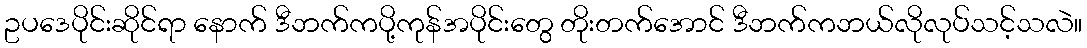
ဥပဒေပိုင်းဆိုင်ရာ နောက် ဒီဘက်ကပို့ကုန်အပိုင်းတွေ တိုးတက်အောင် ဒီဘက်ကဘယ်လိုလုပ်သင့်သလဲ။